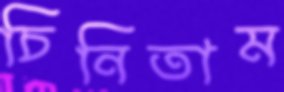
চিনিতাম